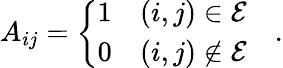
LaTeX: A_{ij}=\left\{ \begin{array}{ll}{1}&{(i,j)\in\mathcal{E}}\\ {0}&{(i,j)\notin\mathcal{E}}\end{array}\right.\quad.